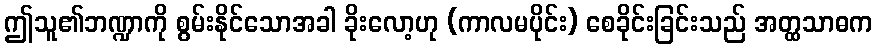
ဤသူ၏ဘဏ္ဍာကို စွမ်းနိုင်သောအခါ ခိုးလော့ဟု (ကာလမပိုင်း) စေခိုင်းခြင်းသည် အတ္ထသာဓက